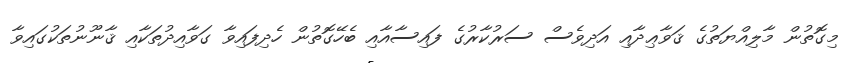
މިގޮތުން މާލިއްޔަތުގެ ޤަވާޢިދާއި އަދިވެސް ސަރުކާރުގެ ފައިސާއާއި ބެހޭގޮތުން ހެދިފައިވާ ގަވާއިދުތަކާއި ޤާނޫނުތަކުގައިވާ